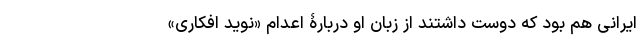
ایرانی هم بود که دوست داشتند از زبان او دربارۀ اعدام «نوید افکاری»